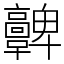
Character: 𩫫